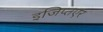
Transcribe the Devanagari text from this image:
इजिप्तएर